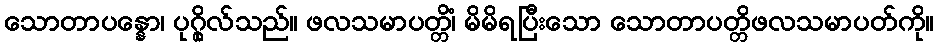
သောတာပန္နော၊ ပုဂ္ဂိုလ်သည်။ ဖလသမာပတ္တိံ၊ မိမိရပြီးသော သောတာပတ္တိဖလသမာပတ်ကို။